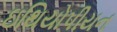
ઇથિયોપીયન